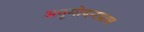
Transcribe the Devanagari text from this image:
अनुमोदनप्राप्त